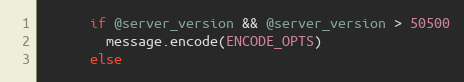
Language: Ruby
      if @server_version && @server_version > 50500
        message.encode(ENCODE_OPTS)
      else